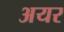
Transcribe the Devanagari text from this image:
अयर